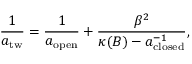
\frac { 1 } { a _ { \mathrm { t w } } } = \frac { 1 } { a _ { \mathrm { o p e n } } } + \frac { \beta ^ { 2 } } { \kappa ( B ) - a _ { \mathrm { c l o s e d } } ^ { - 1 } } ,